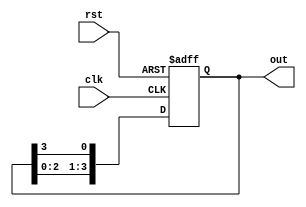
module ring_counter (
    input wire clk,
    input wire rst,
    output reg [3:0] out
);

reg [3:0] next_state;

always @ (posedge clk or posedge rst) begin
    if (rst) begin
        next_state <= 4'b0001; // Initial state
    end else begin
        next_state <= {next_state[2:0], next_state[3]}; // Shift the output of each flip-flop to the next
    end
end

always @* begin
    out = next_state;
end

endmodule